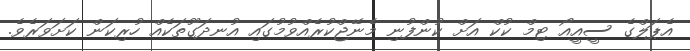
އެޕަލްގެ ސީއީއޯ ޓިމް ކުކް އަށް ކުންފުނި މެނޭޖްކުރެއްވުމުގައި އުނދަގޫތަކެއް ހުރިކަން ކަށަވަރެވެ.